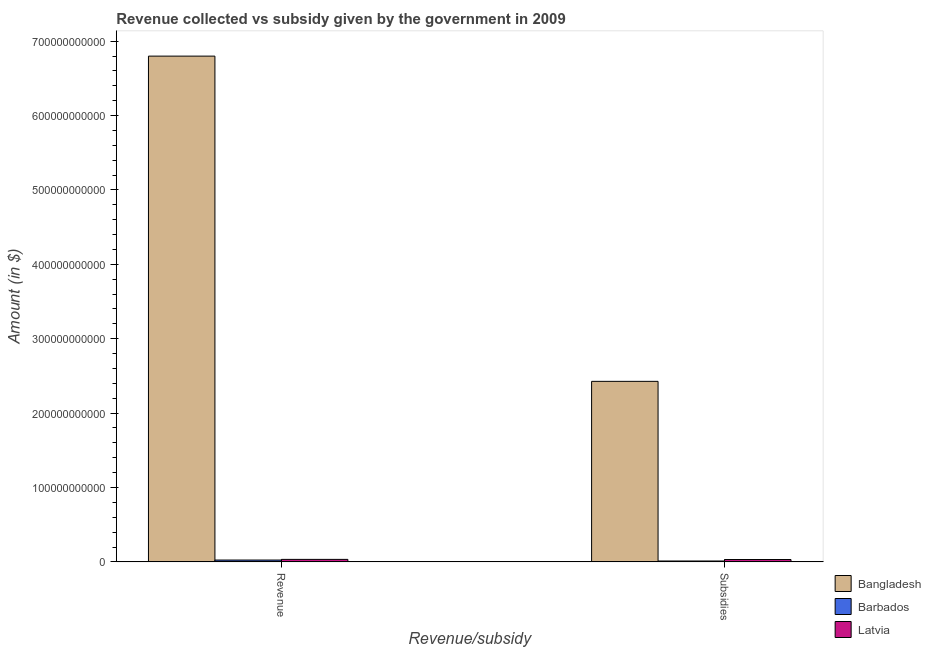
| Revenue/subsidy | Bangladesh | Barbados | Latvia |
 | --- | --- | --- | --- |
 | Revenue | 6.8e+11 | 2.5e+09 | 3.39e+09 |
 | Subsidies | 2.43e+11 | 1.23e+09 | 3.21e+09 |